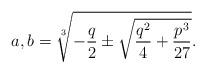
LaTeX: \begin{align*}a,b = \sqrt[3]{-\frac{q}{2}\pm\sqrt{\frac{q^2}{4}+\frac{p^3}{27}}}.\end{align*}